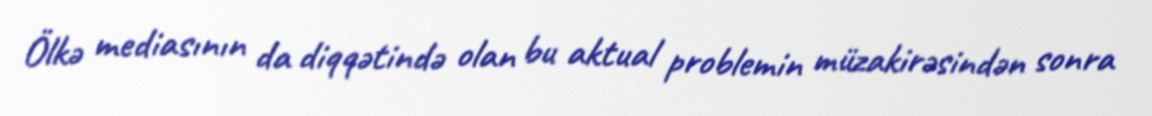
Ölkə mediasının da diqqətində olan bu aktual problemin müzakirəsindən sonra